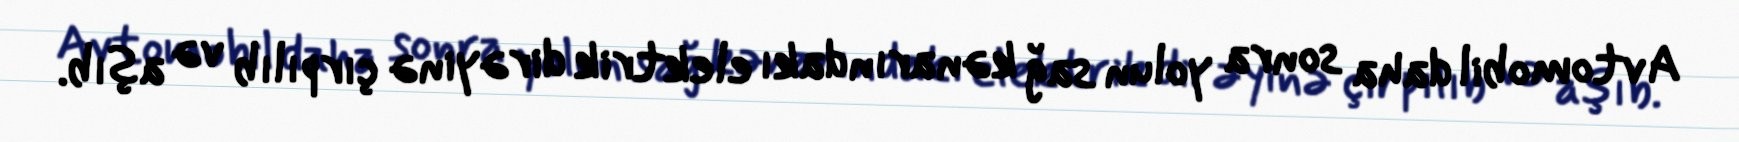
Avtomobil daha sonra yolun sağ kənarındakı elektrik dirəyinə çırpılıb və aşıb.